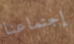
إجتماعنا